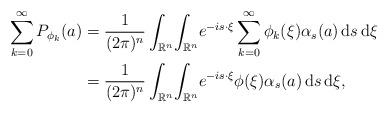
LaTeX: \begin{align*}\sum_{k=0}^{\infty}P_{\phi_k}(a)&=\frac{1}{(2\pi)^n}\int_{\mathbb R^n}\!\int_{\mathbb R^n}\!e^{-is\cdot\xi}\sum_{k=0}^{\infty}\phi_k(\xi)\alpha_s(a)\,\mathrm ds\,\mathrm d\xi \\&=\frac{1}{(2\pi)^n}\int_{\mathbb R^n}\!\int_{\mathbb R^n}\!e^{-is\cdot\xi}\phi(\xi)\alpha_s(a)\,\mathrm ds\,\mathrm d\xi,\end{align*}